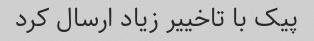
پیک با تاخییر زیاد ارسال کرد